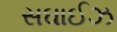
સઘાઈઝ